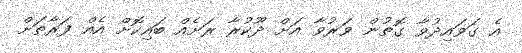
އެ ގަވައިދުވާ ގޮތުން ވަރުވާ އަށް ދޫކުރާ ރަށެއް ބައިކޮށް އެއް ފަރާތަށް